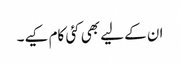
ان کے لیے بھی کئی کام کیے۔